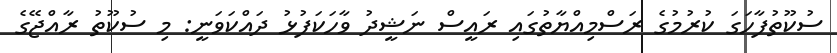
ސުކޫތުފާހަގަ ކުރުމުގެ ރަސްމިއްޔާތުގައި ރައީސް ނަޝީދު ވާހަކަފުޅު ދައްކަވަނީ: މި ސުކޫތު ރާއްޖޭގެ